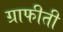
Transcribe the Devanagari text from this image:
ग्राफीती